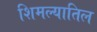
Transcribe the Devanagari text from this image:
शिमल्यातिल